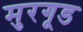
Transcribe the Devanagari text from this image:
मुरगूड